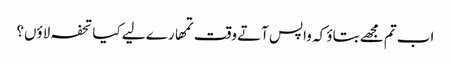
اب تم مجھے بتاؤ کہ واپس آتے وقت تمھارے لیے کیا تحفہ لاؤں؟